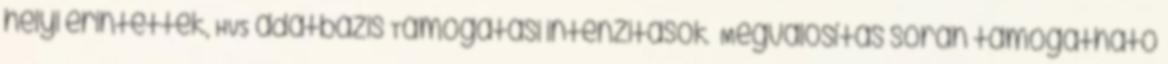
helyi érintettek, HVS adatbázis Támogatási intenzitások ▪Megvalósítás során támogatható